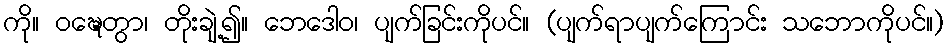
ကို။ ဝဍ္ဎေတွာ၊ တိုးချဲ့၍။ ဘေဒေါဝ၊ ပျက်ခြင်းကိုပင်။ (ပျက်ရာပျက်ကြောင်း သဘောကိုပင်။)